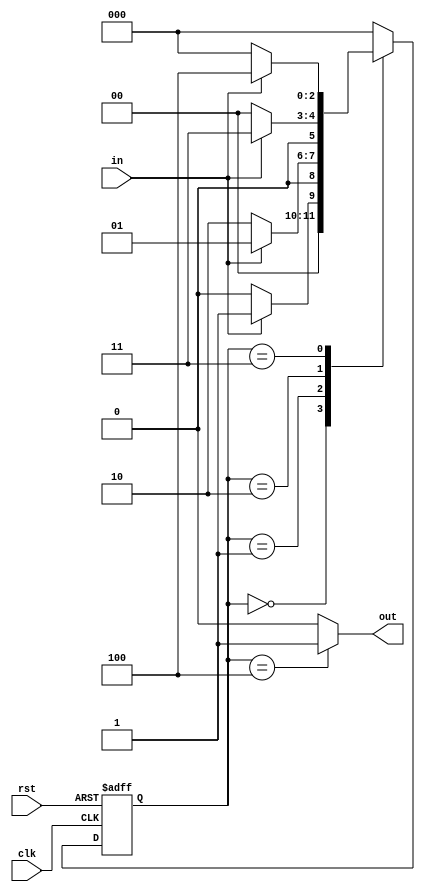
module det1011 (
    input   clk, rst, in,
    output  out
);
    parameter   IDLE    = 0,
                S1      = 1,
                S10     = 2,
                S101    = 3,
                S1011   = 4;
    reg [2:0] cur_state, next_state;
    assign out = cur_state == S1011 ? 1'b1 : 1'b0;

    always @ (posedge clk or negedge rst) begin
        if (!rst)
            cur_state <= IDLE;
        else
            cur_state <= next_state;
    end

    always @ (cur_state or in) begin
        case (cur_state)
            IDLE : begin
                if (in) next_state = S1;
                else    next_state = IDLE;
            end
            S1 : begin
                if (in) next_state = S1;
                else    next_state = S10;
            end
            S10 : begin
                if (in) next_state = S101;
                else    next_state = IDLE;
            end
            S101 : begin
                if (in) next_state = S1011;
                else    next_state = IDLE;
            end
            S1011 : begin
                next_state = IDLE;
            end
            default: begin
                next_state = IDLE;
            end
        endcase
    end
endmodule